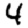
Digit: 4